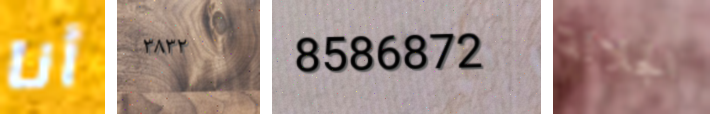
أنا ٣٨٣٢ 8586872 الجلالة